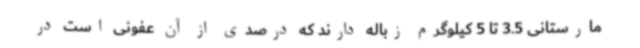
مارستانی 3.5 تا 5 کیلوگرم زباله دارند که درصدی از آن عفونی است در